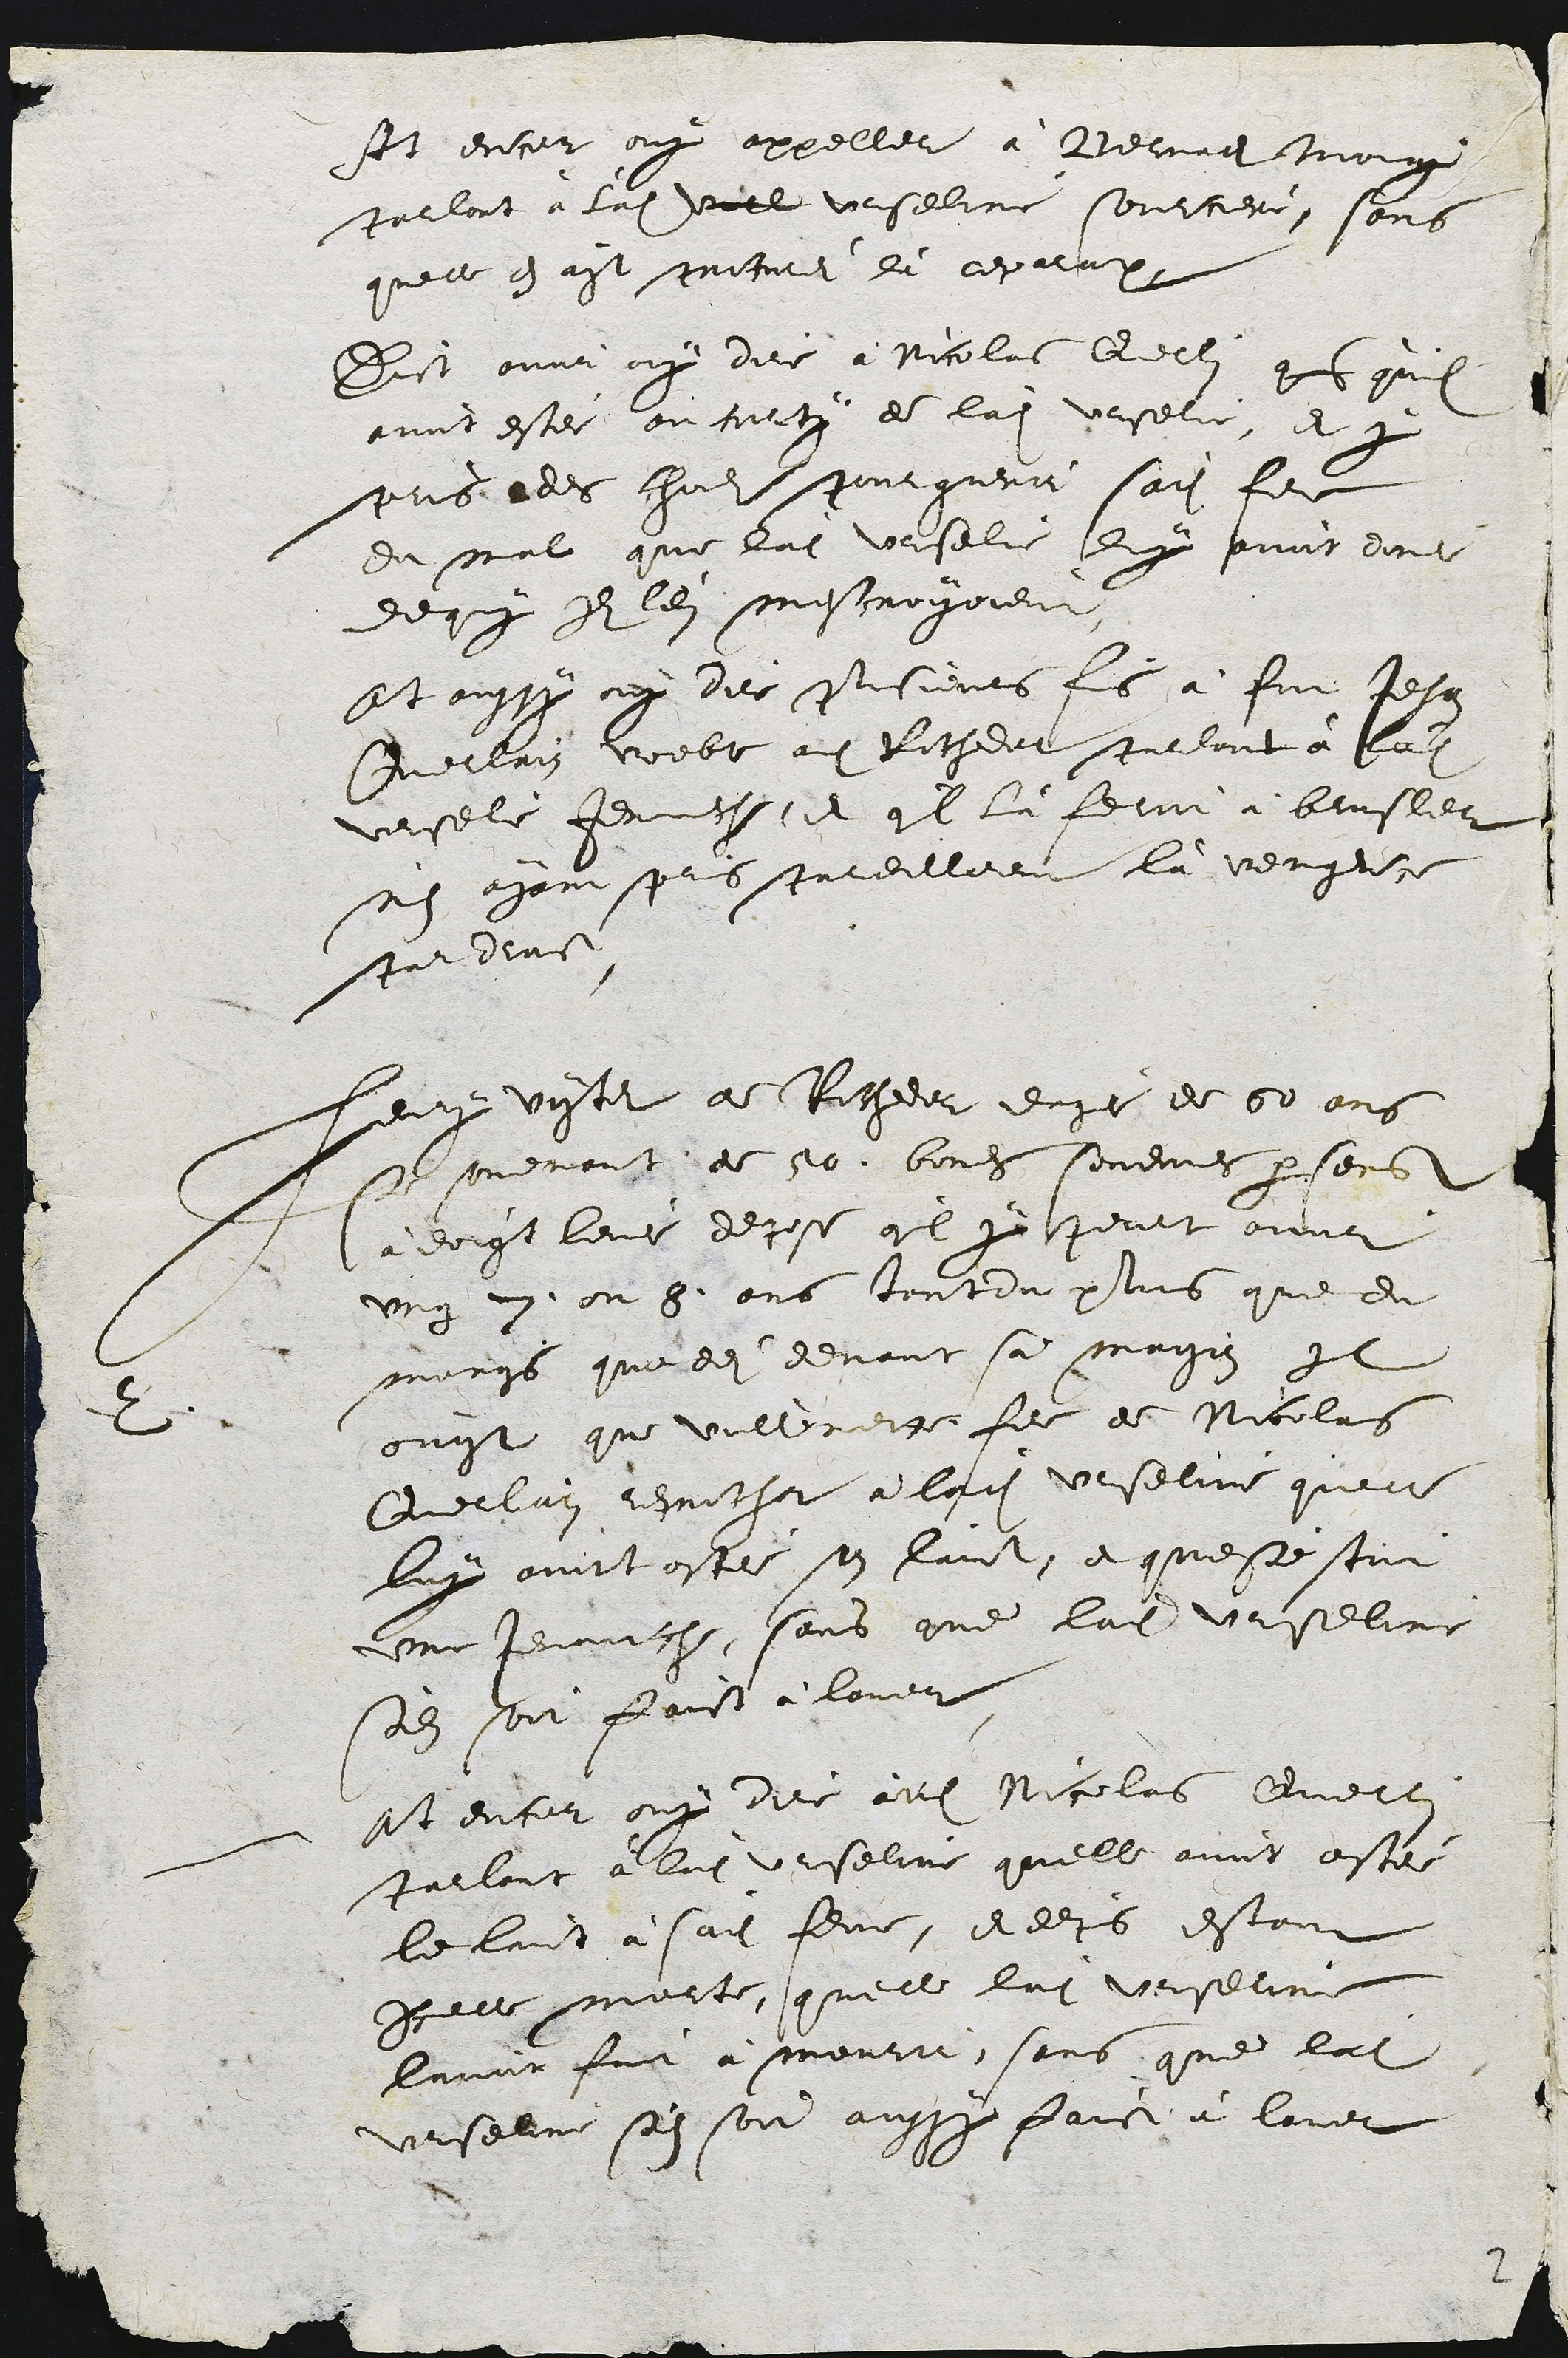
At encor ouy appeller a Bernae troig
paclont à laite Viel Urseline sourciere, sons
quelle e ayt motue de cexacax
Dict onnr oy dire a Nicolas delli gre quil
envit ester ou carti de ladite veselie, et pr
puisa des ladite pourguerir sadite feme
du mal que lait Vrselie ex pnnt dont
de qui Il lein mestroyoient
Et oussy ny der pusieurs fis a fut Jehan
Mellrn voebe au Ritheet tuelant à la
Vesble Jerniche il 9l la fetm a beusler
ne com pes Jareilleen la vengeire
sur dens
2
eux visant a Risheer eagé de 50 ans
s menont de 50 borehe sonennes persens
a doigt leur depose qil ye peurt ovnr
ung 27. ou 8 ans toutdu plus que du
marys que de devant sa maigez Il
ouyt que Vullemette feme de Nicolas
Queclai resricher à ladite veselie quen
luy ovit osté son faict, et questestut
une Jenanche, sons qne ladite Viseline
sadiit sont faict a lover
at enter ouy die aut Nicolas cvecc
parloit a lui Urseline quelle avit esté
le luit a sadite femme, Addrs estant
peer mort, quelle lui veselne
lurnt fut a mouri, sans que lat
Urseure sai son aussy faic à lover

2